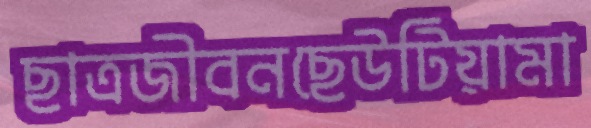
ছাত্রজীবনছেউটিয়ামা